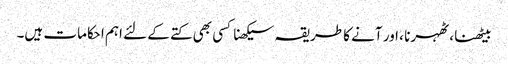
بیٹھنا ، ٹھہرنا ، اور آنے کا طریقہ سیکھنا کسی بھی کتے کے لئے اہم احکامات ہیں۔